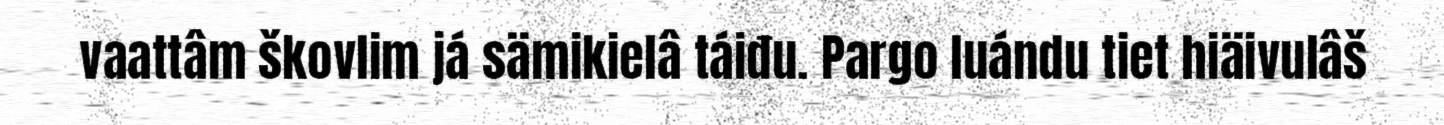
vaattâm škovlim já sämikielâ táiđu. Pargo luándu tiet hiäivulâš